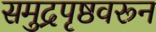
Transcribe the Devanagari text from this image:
समुद्रपृष्ठवरून